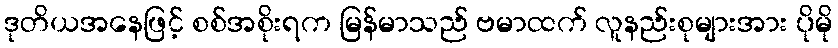
ဒုတိယအနေဖြင့် စစ်အစိုးရက မြန်မာသည် ဗမာထက် လူနည်းစုများအား ပိုမို